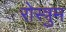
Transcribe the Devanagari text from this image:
रोस्त्रुम